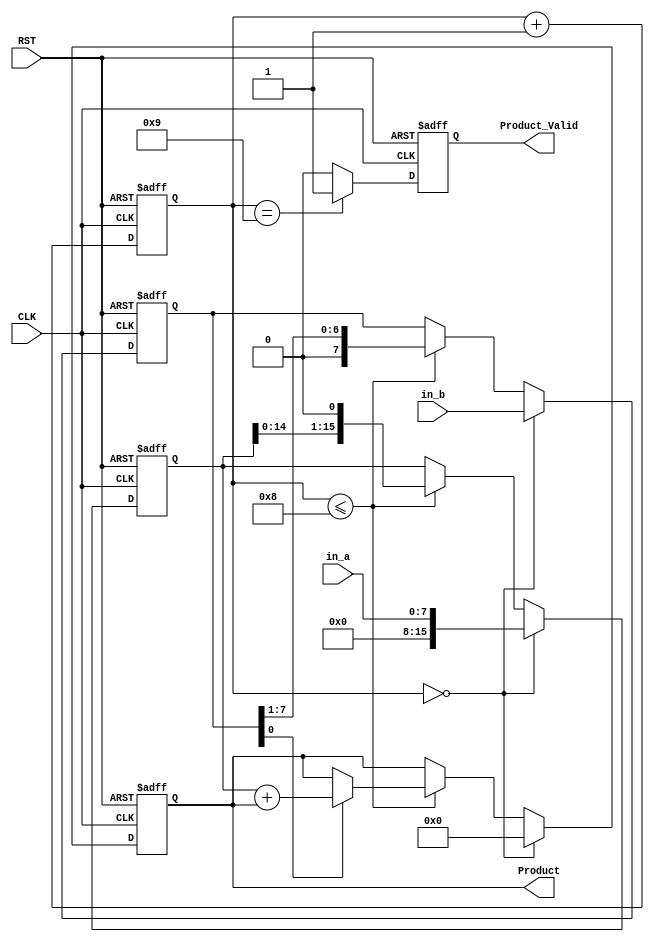
//(1ns)(1ps)
`timescale 1ns/1ps

//module,
module lab9(
	CLK, 
	RST, 
	in_a, 
	in_b, 
	Product, 
	Product_Valid
);
// in_a * in_b = Product
// in_a is Multiplicand , in_b is Multiplier
					
//port, input, output
input 			CLK, RST;
input 	[7:0]	in_a;			// Multiplicand
input 	[7:0]	in_b;			// Multiplier
output 	[15:0]  Product;
output  		Product_Valid;

reg 	[15:0]	Mplicand;		//
reg 	[7:0]	Mplier;			//
reg 	[15:0]	Product;
reg 			Product_Valid;
reg 	[5:0]	Counter ;
reg				sign;			// (signed)

//Counter
always @(posedge CLK or posedge RST)
begin
	if(RST)
		Counter <= 6'b0;
	else
		Counter <= Counter + 6'b1;

end

//Product
always @(posedge CLK or posedge RST)
begin
	//
	if(RST) begin
		Product  <= 16'b0;
		Mplicand <= 16'b0;
		Mplier   <= 8'b0;		
	end 
	//
	else if(Counter == 6'd0) begin
		Product	 	<= 16'b0;
		Mplicand 	<= {8'b0,in_a};
		Mplier	 	<= in_b;		
	end 
	//
	else if(Counter <=6'd8) 
	begin
		if(Mplier[0] == 1'b1)
			Product 	<= Mplicand + Product;

		Mplicand 	<= Mplicand << 1'b1;
		Mplier 		<= Mplier >> 1'b1;
		
	end 
	else begin
		Product 	<= Product;
		Mplicand	<= Mplicand;
		Mplier 		<= Mplier;
	end
end

//Product_Valid
always @(posedge CLK or posedge RST)
begin
	if(RST)
		Product_Valid <=1'b0;
	else if(Counter==6'd9)
		Product_Valid <=1'b1;
	else
		Product_Valid <=1'b0;
end

endmodule